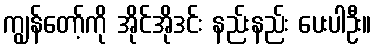
ကျွန်တော့်ကို အိုင်အိုဒင်း နည်းနည်း ပေးပါဦး။